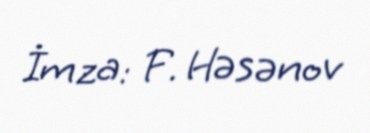
İmza: F. Həsənov